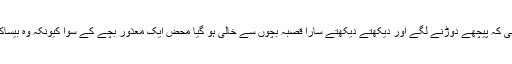
کچھ ہی دیر میں قصبہ کہ سارے بچے اجنبی کہ پیچھے دوڑنے لگے اور دیکھتے دیکھتے سارا قصبہ بچوں سے خالی ہو گیا محض ایک معذور بچے کے سوا کیونکہ وہ بیساکھی کی وجہ سے تیز رفتار میں چل نہ پایا۔